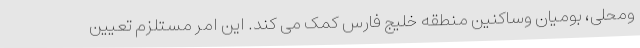
ومحلی، بومیان وساکنین منطقه خلیج فارس کمک می کند. این امر مستلزم تعیین